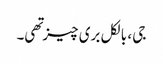
جی ، بالکل بری چیز تهی۔